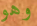
وهو